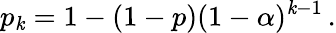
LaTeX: p_{\mathit{k}}=1-(1-p)(1-\alpha)^{\mathit{k}-1}\, .